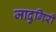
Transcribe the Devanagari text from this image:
जादुगिरी